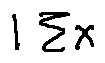
1 \sum x